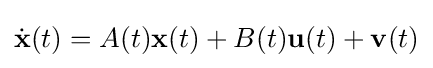
{\dot {\mathbf {x} }}(t)=A(t)\mathbf {x} (t)+B(t)\mathbf {u} (t)+\mathbf {v} (t)